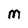
Character: m